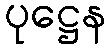
ပုဋ္ဌေန